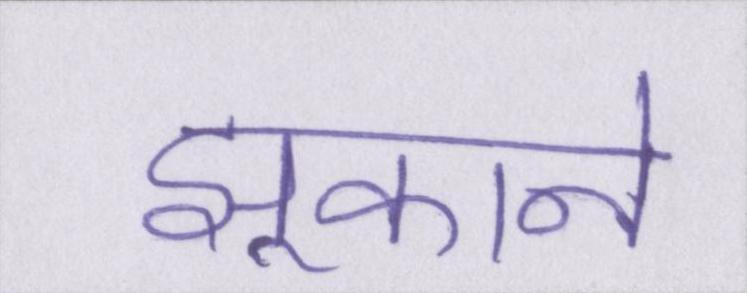
झुकाने